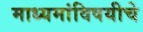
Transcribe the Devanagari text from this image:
माध्यमांविषयीचे